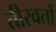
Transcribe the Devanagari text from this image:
तीरवर्तो